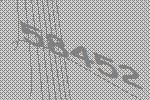
58452